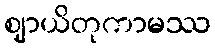
ဈာယိတုကာမဿ